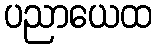
ပညာယေထ